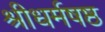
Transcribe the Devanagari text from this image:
श्रीधर्मषष्ठ